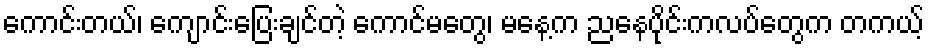
ကောင်းတယ်၊ ကျောင်းပြေးချင်တဲ့ ကောင်မတွေ၊ မနေ့က ညနေပိုင်းကလပ်တွေက တကယ့်